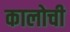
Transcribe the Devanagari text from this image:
कालोची